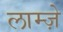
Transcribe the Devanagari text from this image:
लाम्ज़े